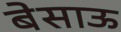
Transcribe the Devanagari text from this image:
बेसाऊ